Vaccination in the Punjab 1883-1896 - 1883-1896
Year: 1883
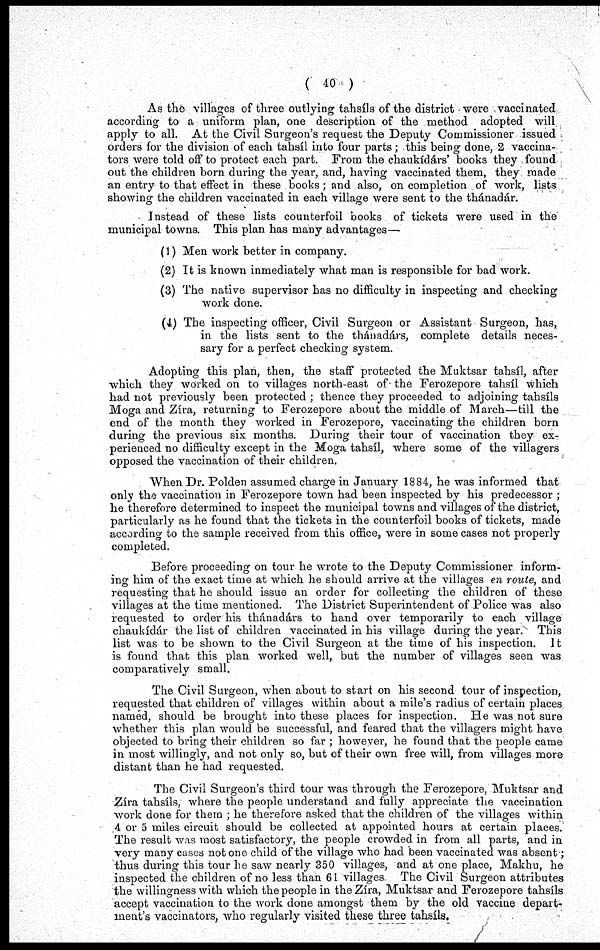
( 40 )
As the villages of three outlying tahsíls of the district were vaccinated
according to a uniform plan, one description of the method adopted will
apply to all. At the Civil Surgeon's request the Deputy Commissioner issued
orders for the division of each tahsíl into four parts; this being done, 2 vaccina¬
tors were told off to protect each part. From the chaukídárs' books they found
out the children born during the year, and, having vaccinated them, they made
an entry to that effect in these books; and also, on completion of work, lists
showing the children vaccinated in each village were sent to the thánadár.
Instead of these lists counterfoil books of tickets were used in the
municipal towns. This plan has many advantages—
(1) Men work better in company.
(2) It is known inmediately what man is responsible for bad work.
(3) The native supervisor has no difficulty in inspecting and checking
work done.
(4) The inspecting officer, Civil Surgeon or Assistant Surgeon, has,
in the lists sent to the thánadárs, complete details neces-
sary for a perfect checking system.
Adopting this plan, then, the staff protected the Muktsar tahsíl, after
which they worked on to villages north-east of the Ferozepore tahsíl which
had not previously been protected ; thence they proceeded to adjoining tahsíls
Moga and Zíra, returning to Ferozepore about the middle of March—till the
end of the month they worked in Ferozepore, vaccinating the children born
during the previous six months. During their tour of vaccination they ex-
perienced no difficulty except in the Moga tahsíl, where some of the villagers
opposed the vaccination of their children.
When Dr. Polden assumed charge in January 1884, he was informed that
only the vaccination in Ferozepore town had been inspected by his predecessor;
he therefore determined to inspect the municipal towns and villages of the district,
particularly as he found that the tickets in the counterfoil books of tickets, made
according to the sample received from this office, were in some cases not properly
completed.
Before proceeding on tour he wrote to the Deputy Commissioner inform-
ing him of the exact time at which he should arrive at the villages en route, and
requesting that he should issue an order for collecting the children of these
villages at the time mentioned. The District Superintendent of Police was also
requested to order his thánadárs to hand over temporarily to each village
chaukídár the list of children vaccinated in his village during the year. This
list was to be shown to the Civil Surgeon at the time of his inspection. It
is found that this plan worked well, but the number of villages seen was
comparatively small.
The Civil Surgeon, when about to start on his second tour of inspection,
requested that children of villages within about a mile's radius of certain places
named, should be brought into these places for inspection. He was not sure
whether this plan would be successful, and feared that the villagers might have
objected to bring their children so far ; however, he found that the people came
in most willingly, and not only so, but of their own free will, from villages more
distant than he had requested.
The Civil Surgeon's third tour was through the Ferozepore, Muktsar and
Zíra tahsils, where the people understand and fully appreciate the vaccination
work done for them; he therefore asked that the children of the villages within
4 or 5 miles circuit should be collected at appointed hours at certain places.
The result was most satisfactory, the people crowded in from all parts, and in
very many cases not one. child of the village who had been vaccinated was absent;
thus during this tour he saw nearly 350 villages, and at one place, Makhu, he
inspected the children of no less than 61 villages The Civil Surgeon attributes
the willingness with which the people in the Zíra, Muktsar and Ferozepore tahsíls
accept vaccination to the work done amongst them by the old vaccine depart-
ment's vaccinators, who regularly visited these three tahsíls.